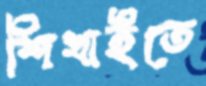
শিখাইতে